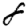
Digit: 8